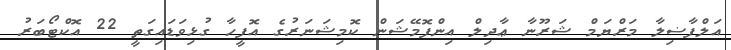
އަލްފާޟިލާ މަރްޔަމް ޝަރޫނާ ޢާދިލް އިންފޮމޭޝަން ކޮމިޝަނަރުގެ އޮފީހާ ގުޅިވަޑައިގަތީ 22 އޮކްޓޯބަރު